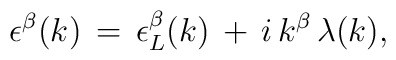
\epsilon^{\beta}(k)\,=\,\epsilon^{\beta}_L(k)\,+\,i\,k^{\beta}\,\lambda(k),